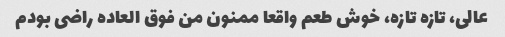
عالی، تازه تازه، خوش طعم واقعا ممنون من فوق العاده راضی بودم